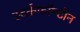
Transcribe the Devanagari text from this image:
स्टर्कफॉण्टीन